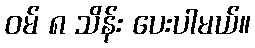
ဝမ် ၈ သိန်း ပေးပါမယ်။